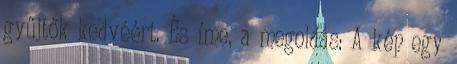
gyűjtők kedvéért. És íme, a megoldás: A kép egy